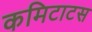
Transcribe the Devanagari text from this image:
कमिटाटस